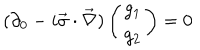
LaTeX: ( \partial _ { 0 } - i \vec { \sigma } \cdot \vec { \nabla } ) \left( \begin{array} { c } { { g _ { 1 } } } \\ { { g _ { 2 } } } \\ \end{array} \right) = 0